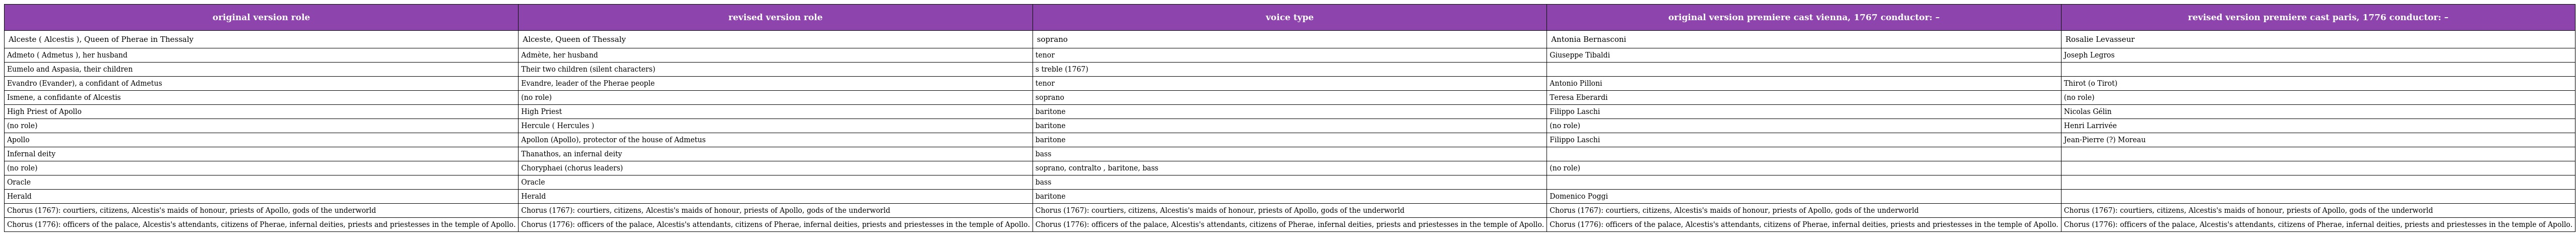
| original version role | revised version role | voice type | original version premiere cast vienna, 1767 conductor: – | revised version premiere cast paris, 1776 conductor: – |
 | --- | --- | --- | --- | --- |
 | Alceste ( Alcestis ), Queen of Pherae in Thessaly | Alceste, Queen of Thessaly | soprano | Antonia Bernasconi | Rosalie Levasseur |
 | Admeto ( Admetus ), her husband | Admète, her husband | tenor | Giuseppe Tibaldi | Joseph Legros |
 | Eumelo and Aspasia, their children | Their two children (silent characters) | s treble (1767) |  |  |
 | Evandro (Evander), a confidant of Admetus | Evandre, leader of the Pherae people | tenor | Antonio Pilloni | Thirot (o Tirot) |
 | Ismene, a confidante of Alcestis | (no role) | soprano | Teresa Eberardi | (no role) |
 | High Priest of Apollo | High Priest | baritone | Filippo Laschi | Nicolas Gélin |
 | (no role) | Hercule ( Hercules ) | baritone | (no role) | Henri Larrivée |
 | Apollo | Apollon (Apollo), protector of the house of Admetus | baritone | Filippo Laschi | Jean-Pierre (?) Moreau |
 | Infernal deity | Thanathos, an infernal deity | bass |  |  |
 | (no role) | Choryphaei (chorus leaders) | soprano, contralto , baritone, bass | (no role) |  |
 | Oracle | Oracle | bass |  |  |
 | Herald | Herald | baritone | Domenico Poggi |  |
 | Chorus (1767): courtiers, citizens, Alcestis's maids of honour, priests of Apollo, gods of the underworld | Chorus (1767): courtiers, citizens, Alcestis's maids of honour, priests of Apollo, gods of the underworld | Chorus (1767): courtiers, citizens, Alcestis's maids of honour, priests of Apollo, gods of the underworld | Chorus (1767): courtiers, citizens, Alcestis's maids of honour, priests of Apollo, gods of the underworld | Chorus (1767): courtiers, citizens, Alcestis's maids of honour, priests of Apollo, gods of the underworld |
 | Chorus (1776): officers of the palace, Alcestis's attendants, citizens of Pherae, infernal deities, priests and priestesses in the temple of Apollo. | Chorus (1776): officers of the palace, Alcestis's attendants, citizens of Pherae, infernal deities, priests and priestesses in the temple of Apollo. | Chorus (1776): officers of the palace, Alcestis's attendants, citizens of Pherae, infernal deities, priests and priestesses in the temple of Apollo. | Chorus (1776): officers of the palace, Alcestis's attendants, citizens of Pherae, infernal deities, priests and priestesses in the temple of Apollo. | Chorus (1776): officers of the palace, Alcestis's attendants, citizens of Pherae, infernal deities, priests and priestesses in the temple of Apollo. |